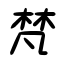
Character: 梵